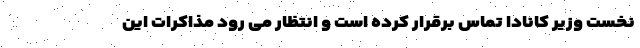
نخست وزیر کانادا تماس برقرار کرده است و انتظار می رود مذاکرات این